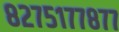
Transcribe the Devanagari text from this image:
८२७५१७७८७७